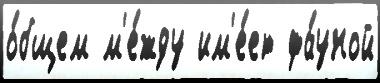
о́бщем м'е́жду им'е́ет фа́уной